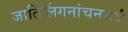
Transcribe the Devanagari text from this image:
जातिलिंगनांचनसर्वं